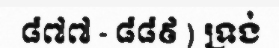
៨៧៧ - ៨៨៩ ) ទ្រង់